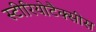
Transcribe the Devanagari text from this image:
स्टीरियोटैक्सीस